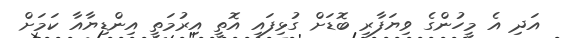
އަދި އެ މީހުންގެ ވިޔަފާރި ބޮޑަށް ގުޅިފައި އޮތީ އިރުމަތީ އިންޑިޔާއާ ކަމަށް